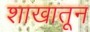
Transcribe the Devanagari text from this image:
शाखातून